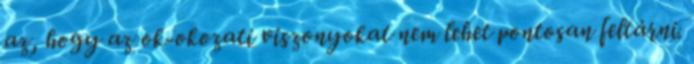
az, hogy az ok-okozati viszonyokat nem lehet pontosan feltárni.